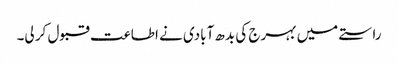
راستے میں بہرج کی بدھ آبادی نے اطاعت قبول کر لی۔